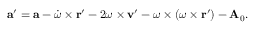
\mathbf { a } ^ { \prime } = \mathbf { a } - { \dot { \boldsymbol { \omega } } } \times \mathbf { r } ^ { \prime } - 2 { \boldsymbol { \omega } } \times \mathbf { v } ^ { \prime } - { \boldsymbol { \omega } } \times ( { \boldsymbol { \omega } } \times \mathbf { r } ^ { \prime } ) - \mathbf { A } _ { 0 } .